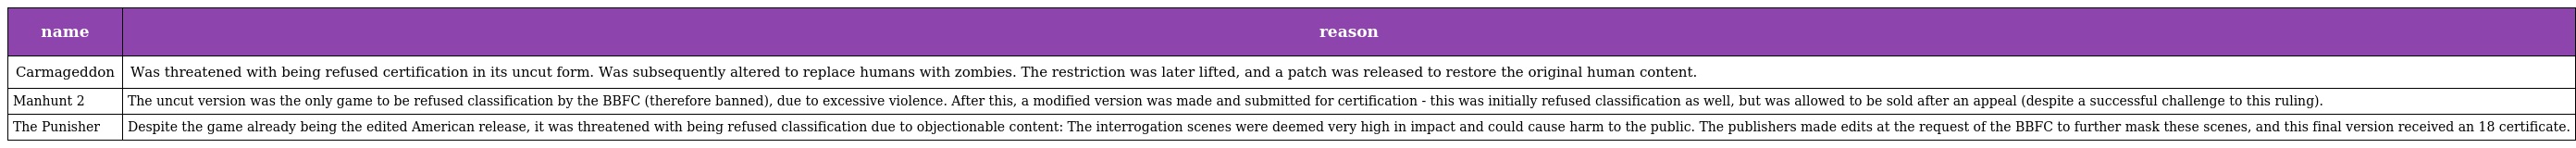
| name | reason |
 | --- | --- |
 | Carmageddon | Was threatened with being refused certification in its uncut form. Was subsequently altered to replace humans with zombies. The restriction was later lifted, and a patch was released to restore the original human content. |
 | Manhunt 2 | The uncut version was the only game to be refused classification by the BBFC (therefore banned), due to excessive violence. After this, a modified version was made and submitted for certification - this was initially refused classification as well, but was allowed to be sold after an appeal (despite a successful challenge to this ruling). |
 | The Punisher | Despite the game already being the edited American release, it was threatened with being refused classification due to objectionable content: The interrogation scenes were deemed very high in impact and could cause harm to the public. The publishers made edits at the request of the BBFC to further mask these scenes, and this final version received an 18 certificate. |